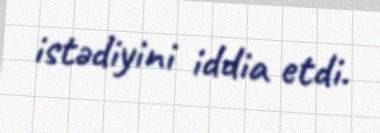
istədiyini iddia etdi.